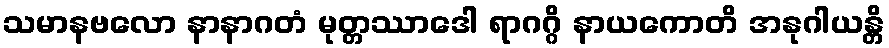
သမာနဗလော နာနာဂတံ မုတ္တဿာဒေါ ရာဂဂ္ဂိ နာယကောတိ အနုဂါယန္တိ